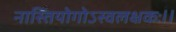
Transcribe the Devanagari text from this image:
नास्तियोगोऽस्वलक्षकः।।